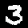
Digit: 3